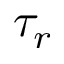
\tau _ { r }